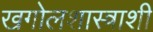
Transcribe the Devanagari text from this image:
खगोलशास्त्राशी